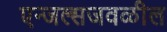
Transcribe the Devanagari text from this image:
एन्जल्सजवळील